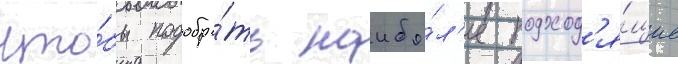
что́бы подобра́ть наибо́л'ее подход'я́щие